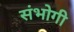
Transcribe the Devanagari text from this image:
संभोगी